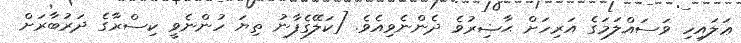
ޢަލައިހި ވަސައްލަމަގެ އަރިހަށް ޙާޟިރުވެ ދެންނެވިއެވެ. [ކަލޭގެފާނު ތިޔަ ހުންނެވީ ކިސްރާގެ ދަރުބާރަށް